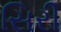
સિરી